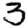
Digit: 3